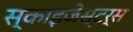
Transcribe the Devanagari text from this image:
स्काइजेस्टर्स